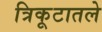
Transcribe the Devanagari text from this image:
त्रिकूटातले